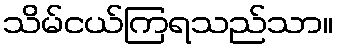
သိမ်ငယ်ကြရသည်သာ။